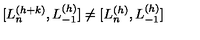
[ L _ { n } ^ { ( h + k ) } , L _ { - 1 } ^ { ( h ) } ] \neq [ L _ { n } ^ { ( h ) } , L _ { - 1 } ^ { ( h ) } ]